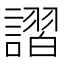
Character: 謵